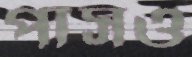
পাসও